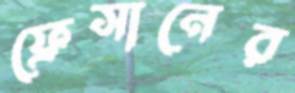
ফ্রেসানের